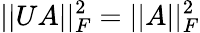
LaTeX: \vert\vert UA\vert\vert_{F}^{2}=\vert\vert A\vert\vert_{F}^{2}